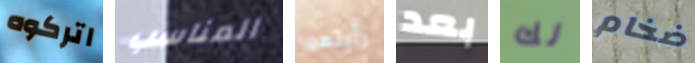
اتركوه المناسب رأيتهما بعد لك ضخام